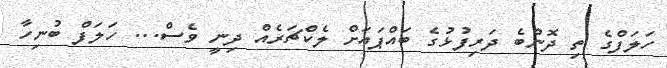
ހަލަފްގެ ތި ދޮންބެ ދަރިފުޅުގެ ބައްޕައަށް ލެކްޗަރެއް ދިނީ ވެސް... ހަލަފް ބުނިހާ